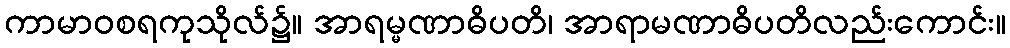
ကာမာဝစရကုသိုလ်၌။ အာရမ္မဏာဓိပတိ၊ အာရာမဏာဓိပတိလည်းကောင်း။